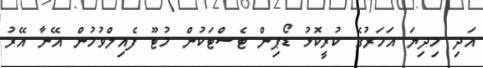
އަދި މިދިޔަ އަހަރުގެ ކުރީކޮޅު ޑޯޕިން ޓެސްޓަކުން މުޓޫ ފެއިލްވުމުން އޭނާ އޭރު